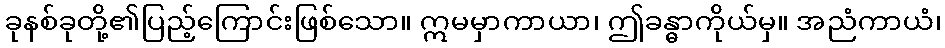
ခုနစ်ခုတို့၏ပြည့်ကြောင်းဖြစ်သော။ ဣမမှာကာယာ၊ ဤခန္ဓာကိုယ်မှ။ အညံကာယံ၊